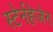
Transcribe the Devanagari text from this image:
स्टेर्नहेजेन